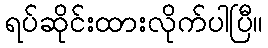
ရပ်ဆိုင်းထားလိုက်ပါပြီ။